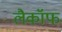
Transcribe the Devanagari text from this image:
लैकॉफ